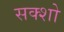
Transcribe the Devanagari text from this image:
सक्शो